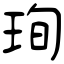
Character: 珣